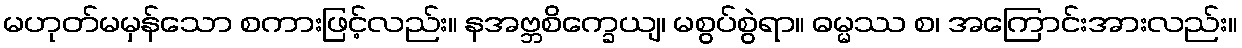
မဟုတ်မမှန်သော စကားဖြင့်လည်း။ နအဗ္ဘစိက္ခေယျ၊ မစွပ်စွဲရာ။ ဓမ္မဿ စ၊ အကြောင်းအားလည်း။